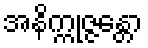
အနိက္ကုဇ္ဇန္တော